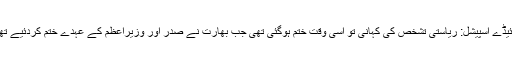
فرائیڈے اسپیشل: ریاستی تشخص کی کہانی تو اُسی وقت ختم ہوگئی تھی جب بھارت نے صدر اور وزیراعظم کے عہدے ختم کردئیے تھے۔